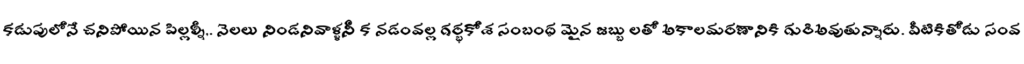
కడుపులోనే చనిపోయిన పిల్లల్నీ,. నెలలు నిండనివాళ్ళనీ క నడంవల్ల గర్భకోశ సంబంధ మైన జబ్బు లతో అకాలమరణానికి గురిఅవుతున్నారు. వీటికితోడు సంవ